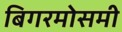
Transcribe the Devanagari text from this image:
बिगरमोसमी